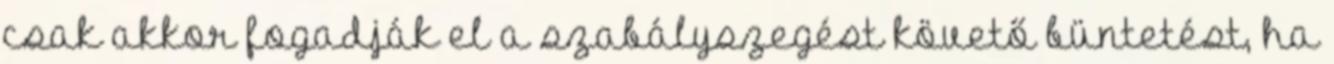
csak akkor fogadják el a szabályszegést követő büntetést, ha